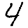
Digit: 4